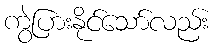
ကွဲပြားနိုင်သော်လည်း